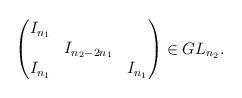
LaTeX: \begin{align*}\begin{pmatrix}I_{n_1} \\& I_{n_2-2n_1} \\ I_{n_1}& & I_{n_1} \end{pmatrix} \in GL_{n_2}.\end{align*}